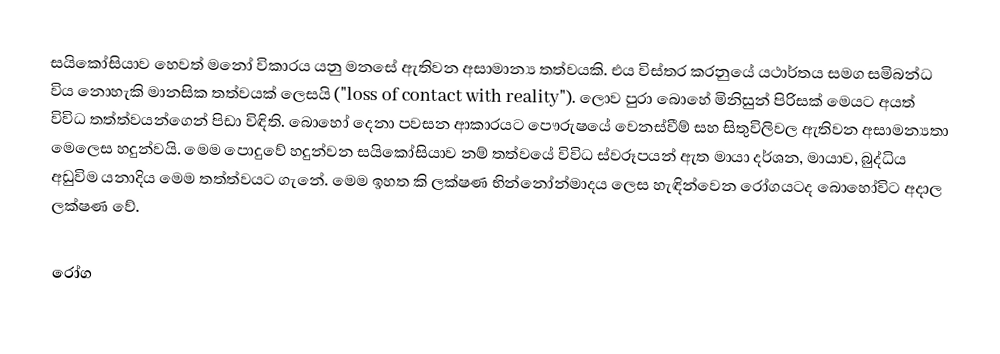
සයිකෝසියාව හෙවත් මනෝ විකාරය යනු  මනසේ ඇතිවන අසාමාන්‍ය තත්වයකි. එය විස්තර කරනුයේ යථාර්තය සමග සමිබන්ධ විය නොහැකි මානසික තත්වයක් ලෙසයි ("loss of contact with reality").  ලොව පුරා බොහේ මිනිසුන් පිරිසක් මෙයට අයත් විවිධ තත්ත්වයන්ගෙන් පිඩා විඳිති. බොහෝ දෙනා පවසන ආකාරයට පෞරුෂයේ වෙනස්වීම් සහ සිතුවිලිවල ඇතිවන අසාමන්‍යතා මෙලෙස හදුන්වයි.  මෙම පොදුවේ හදුන්වන සයිකෝසියාව නම් තත්වයේ විවිධ ස්වරූපයන් ඇත මායා දර්ශන, මායාව, බුද්ධිය අඩුවිම යනාදිය මෙම තත්ත්වයට ගැනේ. මෙම ඉහත කි ලක්ෂණ භින්නෝන්මාදය ලෙස හැඳින්වෙන රෝගයටද බොහෝවිට අදාල ලක්ෂණ වේ.

රෝග